Insane asylums in Bengal annual reports 1867-1875 - 1867-1875
Year: 1867
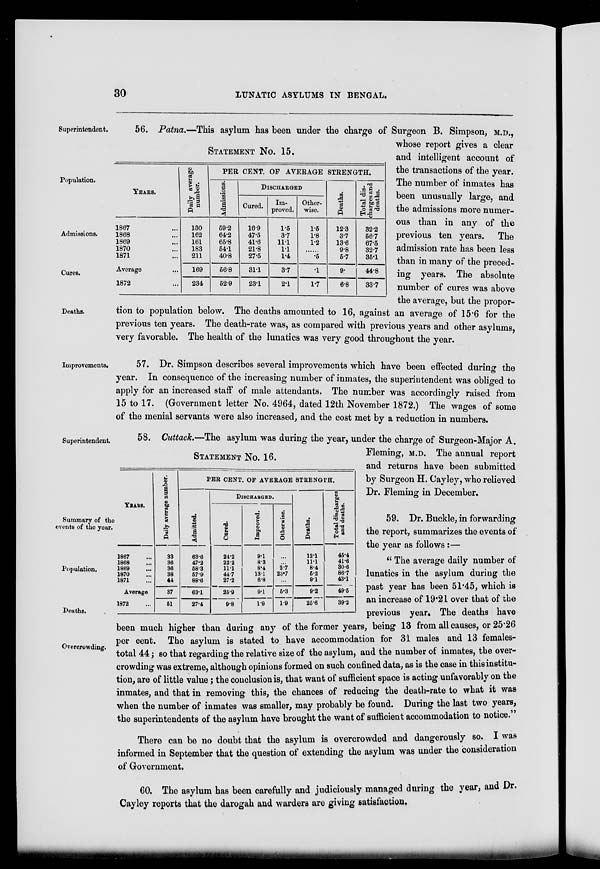
30
LUNATIC ASYLUMS IN BENGAL.
Superintendent.
Population.
Admissions.
Cures.
Deaths.
STATEMENT NO. 15.
YEARS.
1867
1868
1869
1870
1871
Average
1872
Daily average
number.
130
162
161
183
211
169
234
PER CENT. OF AVERAGE STRENGTH.
Admissions.
59.2
64.2
65.8
64.1
40.8
66.8
52.9
DISCHARGED
Cured.
16.9
47.5
41.6
21.8
27.5
311
23.1
Im-
proved.
1.5
3.7
11.1
11
1.4
3.7
2.1
Other-
wise.
1.6
1.8
1.2
......
.5
.1
17
Deaths.
12.3
3.7
13.6
9.8
5.7
9.
6.8
Total dis-
charges and
deaths.
32.2
66.7
67.5
32.7
35.1
44.8
33.7
56. Patna.—This asylum has been under the charge of Surgeon B. Simpson, M.D.,
whose report gives a clear
and intelligent account of
the transactions of the year.
The number of inmates has
been unusually large, and
the admissions more numer-
ous than in any of the
previous ten years. The
admission rate has been less
than in many of the preced-
ing years. The absolute
number of cures was above
the average, but the propor-
tion to population below. The deaths amounted to 16, against an average of 15.6 for the
previous ten years. The death-rate was, as compared with previous years and other asylums,
very favorable. The health of the lunatics was very good throughout the year.
Improvements.
57. Dr. Simpson describes several improvements which have been effected during the
year. In consequence of the increasing number of inmates, the superintendent was obliged to
apply for an increased staff of male attendants. The number was accordingly raised from
15 to 17. (Government letter No. 4964, dated 12th November 1872.) The wages of some
of the menial servants were also increased, and the cost met by a reduction in numbers.
Superintendent.
Summary of the
events of the year.
Population.
Deaths.
STATEMENT NO. 16.
YEARS.
1867 ...
1868 ...
1869 ...
1870 ...
1871 ...
Average
1872 ...
Daily average number.
33
36
36
38
41
37
51
PER CENT. OF AVERAGE STRENGTH.
Admitted.
63.6
47.2
58.3
57.9
88.6
63.1
27.4
DISCHARGED.
Cured.
24.2
22.2
11.1
44.7
27.2
25.9
9.8
Improved.
9.1
8.3
8.4
13.1
6.8
9.1
1.9
Otherwise.
...
...
2.7
23.7
...
5.3
1.9
Deaths.
12.1
11.1
8.4
5.2
9.1
9.2
25.6
Total discharges
and deaths.
45.4
41.6
30.6
86.7
43.1
49.5
39.2
58. Cuttack.—The asylum was during the year, under the charge of Surgeon-Major A.
Fleming, M.D. The annual report
and returns have been submitted
by Surgeon H. Cayley, who relieved
Dr. Fleming in December.
Overcrowding.
59. Dr. Buckle, in forwarding
the report, summarizes the events of
the year as follows :—
" The average daily number of
lunatics in the asylum during the
past year has been 51.45, which is
an increase of 19.21 over that of the
previous year. The deaths have
been much higher than during any of the former years, being 13 from all causes, or 25.26
per cent. The asylum is stated to have accommodation for 31 males and 13 females.
total 44; so that regarding the relative size of the asylum, and the number of inmates, the over-
crowding was extreme, although opinions formed on such confined data, as is the case in this institu-
tion, are of little value ; the conclusion is, that want of sufficient space is acting unfavorably on the
inmates, and that in removing this, the chances of reducing the death-rate to what it was
when the number of inmates was smaller, may probably be found. During the last two years,
the superintendents of the asylum have brought the want of sufficient accommodation to notice."
There can be no doubt that the asylum is overcrowded and dangerously so. I was
informed in September that the question of extending the asylum was under the consideration
of Government.
60. The asylum has been carefully and judiciously managed during the year, and Dr.
Cayley reports that the darogah and warders are giving satisfaction,